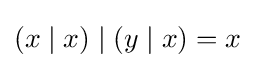
(x\mid x)\mid (y\mid x)=x